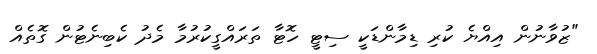
"ޒުވާނުން އިއްޔެ ކުރި ޑިމާންޑަކީ ސިޓީ ހޮޓާ ތަރައްގީކުރުމާ މެދު ކެބިނެޓުން ގޮތެއް